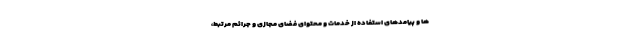
ها و پیامدهای استفاده از خدمات و محتوای فضای مجازی و جرائم مرتبط،